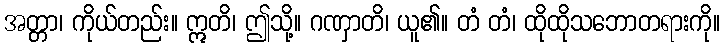
အတ္တာ၊ ကိုယ်တည်း။ ဣတိ၊ ဤသို့။ ဂဏှာတိ၊ ယူ၏။ တံ တံ၊ ထိုထိုသဘောတရားကို။